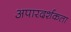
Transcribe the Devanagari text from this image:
अपारदर्शकता